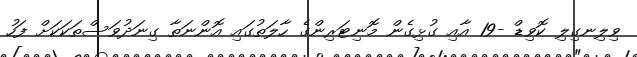
ވިލިނގިލި ކޮވިޑް -19 އާއި ގުޅިގެން މޮނިޓަރިންގެ ހާލަތުގައި އޮންނަތާ ގިނަދުވަސްތަކަކަށް ފަހު